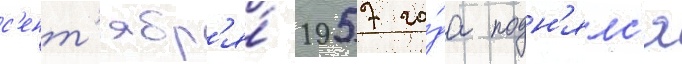
с'ент'ябр'я́ 1957 го́да подн'ялс'я